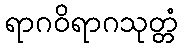
ရာဂဝိရာဂသုတ္တံ